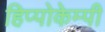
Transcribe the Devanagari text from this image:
हिप्पोकेम्पी